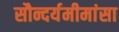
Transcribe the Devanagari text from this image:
सौन्दर्यमीमांसा